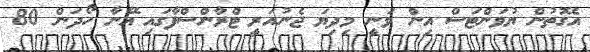
އެގޮތުން ޔުވަންޓަސް އިން ވަނީ މިދިޔަ ޖެނުއަރީ ޓްރާންސްފާގައި އޭނާ ހޯދަން 80